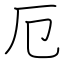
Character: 厄